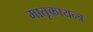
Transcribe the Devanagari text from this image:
मातृकायन्त्र